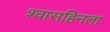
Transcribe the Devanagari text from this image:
श्वासहिनता